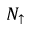
N _ { \uparrow }